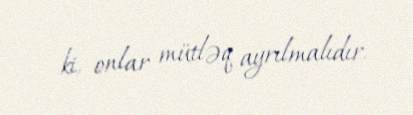
ki, onlar mütləq ayrılmalıdır.